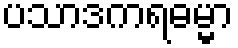
ပသာဒကရဓမ္မာ